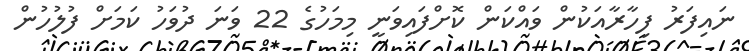
ނައިފަރު ފިހާރާއަކުން ވައްކަން ކޮށްފައިވަނީ މިމަހުގެ 22 ވަަނަ ދުވަހު ކަމަށް ފުލުހުން